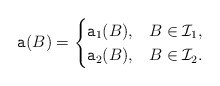
\begin{align*}\texttt{a}(B)=\begin{cases}\texttt{a}_{1}(B), & B \in \mathcal{I}_{1}, \\\texttt{a}_{2}(B), & B \in \mathcal{I}_{2}.\end{cases}\end{align*}